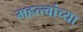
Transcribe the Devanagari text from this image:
महत्त्वांच्या